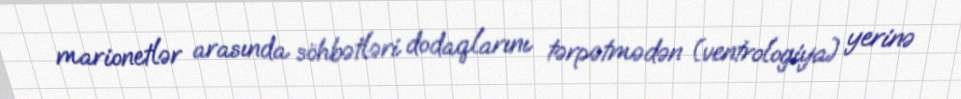
marionetlər arasında söhbətləri dodaqlarını tərpətmədən (ventrologiya) yerinə